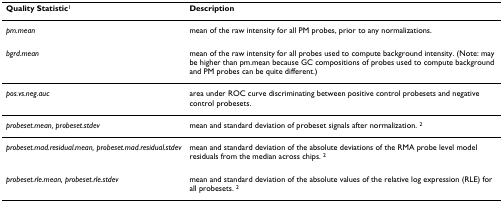
<table><thead><tr><td><b>Quality Statistic<sup>1</sup></b></td><td><b>Description</b></td></tr></thead><tbody><tr><td><i>pm.mean</i></td><td>mean of the raw intensity for all PM probes, prior to any normalizations.</td></tr><tr><td><i>bgrd.mean</i></td><td>mean of the raw intensity for all probes used to compute background intensity. (Note: may be higher than pm.mean because GC compositions of probes used to compute background and PM probes can be quite different.)</td></tr><tr><td><i>pos.vs.neg.auc</i></td><td>area under ROC curve discriminating between positive control probesets and negative control probesets.</td></tr><tr><td><i>probeset.mean, probeset.stdev</i></td><td>mean and standard deviation of probeset signals after normalization. <sup>2</sup></td></tr><tr><td><i>probeset.mad.residual.mean, probeset.mad.residual.stdev</i></td><td>mean and standard deviation of the absolute deviations of the RMA probe level model residuals from the median across chips. <sup>2</sup></td></tr><tr><td><i>probeset.rle.mean, probeset.rle.stdev</i></td><td>mean and standard deviation of the absolute values of the relative log expression (RLE) for all probesets. <sup>2</sup></td></tr></tbody></table>